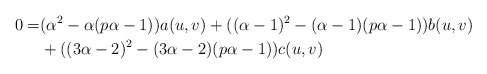
\begin{align*}0=&(\alpha^{2}-\alpha(p\alpha-1))a(u,v)+((\alpha-1)^{2}-(\alpha-1)(p\alpha-1))b(u,v)\\&+((3\alpha-2)^{2}-(3\alpha-2)(p\alpha-1))c(u,v)\end{align*}